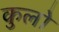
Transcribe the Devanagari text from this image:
कुलो